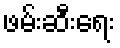
ဖမ်းဆီးရေး